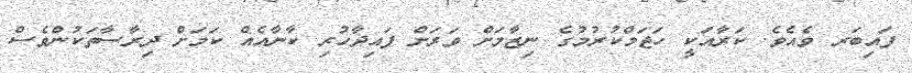
ފައިބަރ ވެއެވެ. ކަރާއަކީ ހަޖަމްކުރުމުގެ ނިޒާމަށް ވަރަށް ފައިދާހުރި ކާނާއެއް ކަމަށް ދިރާސާތަކުންވެސް